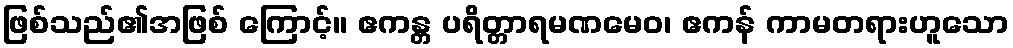
ဖြစ်သည်၏အဖြစ် ကြောင့်။ ဧကန္တ ပရိတ္တာရမဏမေဝ၊ ဧကန် ကာမတရားဟူသော